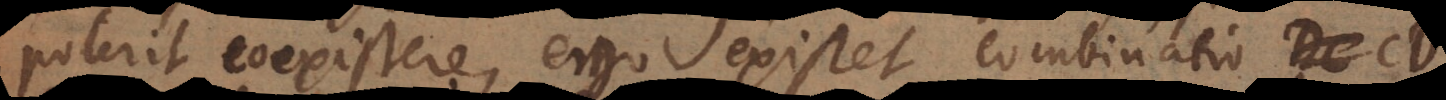
poterit coexistere, ergo existet combinatio CD,